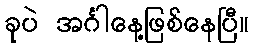
ခုပဲ အင်္ဂါနေ့ဖြစ်နေပြီ။